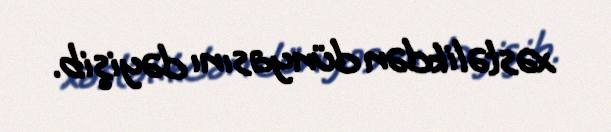
xəstəlikdən dünyasını dəyişib.